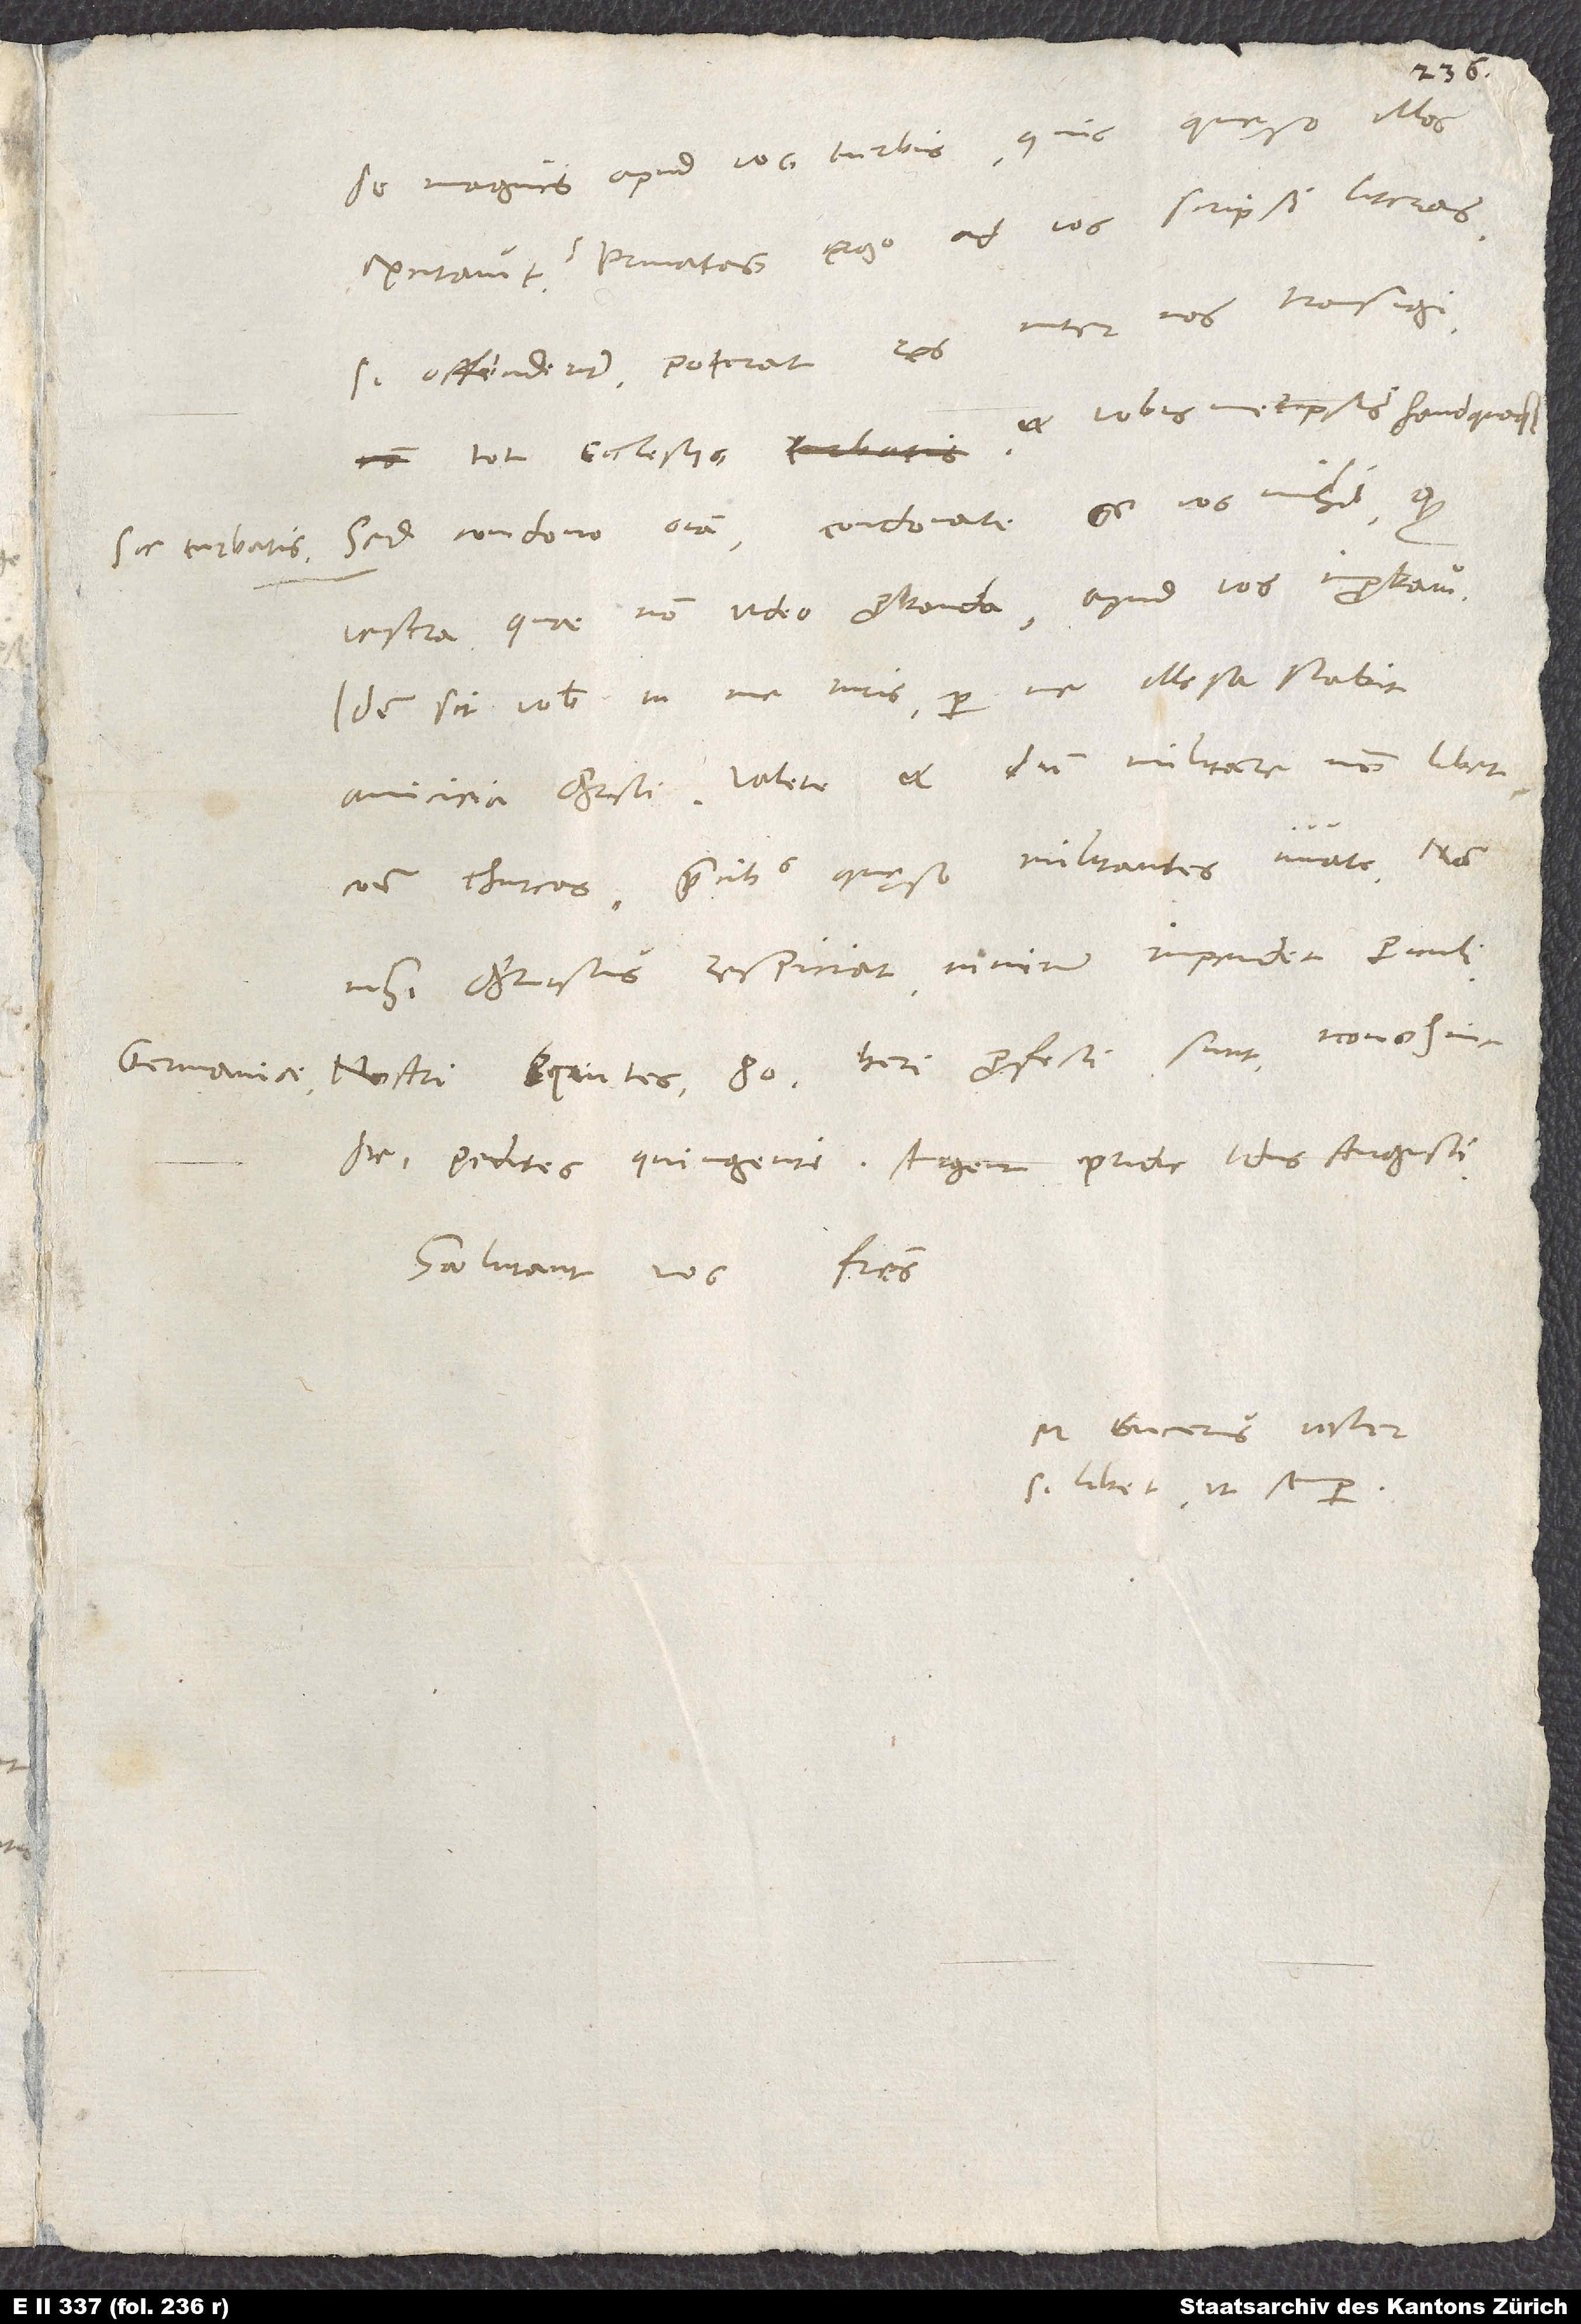
sic turbatis.
Germaniae.

de magnis apud vos turbis. Quis, quaeso, illas
excitavit? Privatas ego ad vos scripsi literas.
Si offenderunt, poterat res inter nos transigi
tot ecclesiis et vobis metipsis haud quoque
Sed condono omnia. Condonate et vos mihi, quod
vestra, quae non video probanda, apud vos improbavi.
Idem sit vobis in me iuris. Per me illaesa stabit
contra Thurcos, precibus, quaeso, militantes iuvate. Nam
nisi Christus respiciat, nimium impendet periculi
Nostri equites 80 heri profecti sunt, nono hinc
Salutant vos fratres.
M. Bucerus vester,
si libet, ut semper.